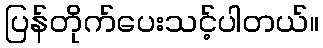
ပြန်တိုက်ပေးသင့်ပါတယ်။